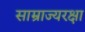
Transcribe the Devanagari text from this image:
साम्राज्यरक्षा